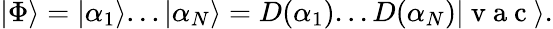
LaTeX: |\Phi\rangle=|\alpha_{1}\rangle...|\alpha_{N}\rangle=D(\alpha_{1})...D(\alpha_{N})|\mathrm{~v~a~c~}\rangle.